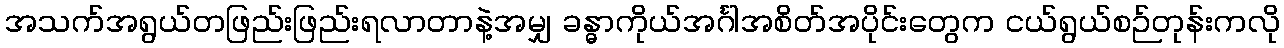
အသက်အရွယ်တဖြည်းဖြည်းရလာတာနဲ့အမျှ ခန္ဓာကိုယ်အင်္ဂါအစိတ်အပိုင်းတွေက ငယ်ရွယ်စဉ်တုန်းကလို